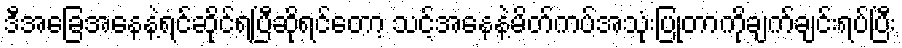
ဒီအခြေအနေနဲ့ရင်ဆိုင်ရပြီဆိုရင်တော့ သင့်အနေနဲ့မိတ်ကပ်အသုံးပြုတာကိုချက်ချင်းရပ်ပြီး